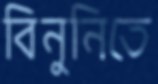
বিনুনিতে